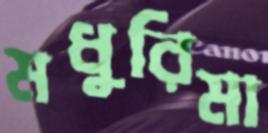
মধুরিমা